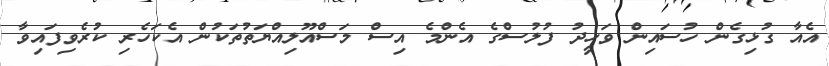
އެއާ ގުޅިގެން ހުސައިން ވަހީދު ފުުލުސްގެ އެންމެ އިސް މަސްއޫލިއްޔަތުތަކުން އެކަހެރި ކުރެވިފައިވާ